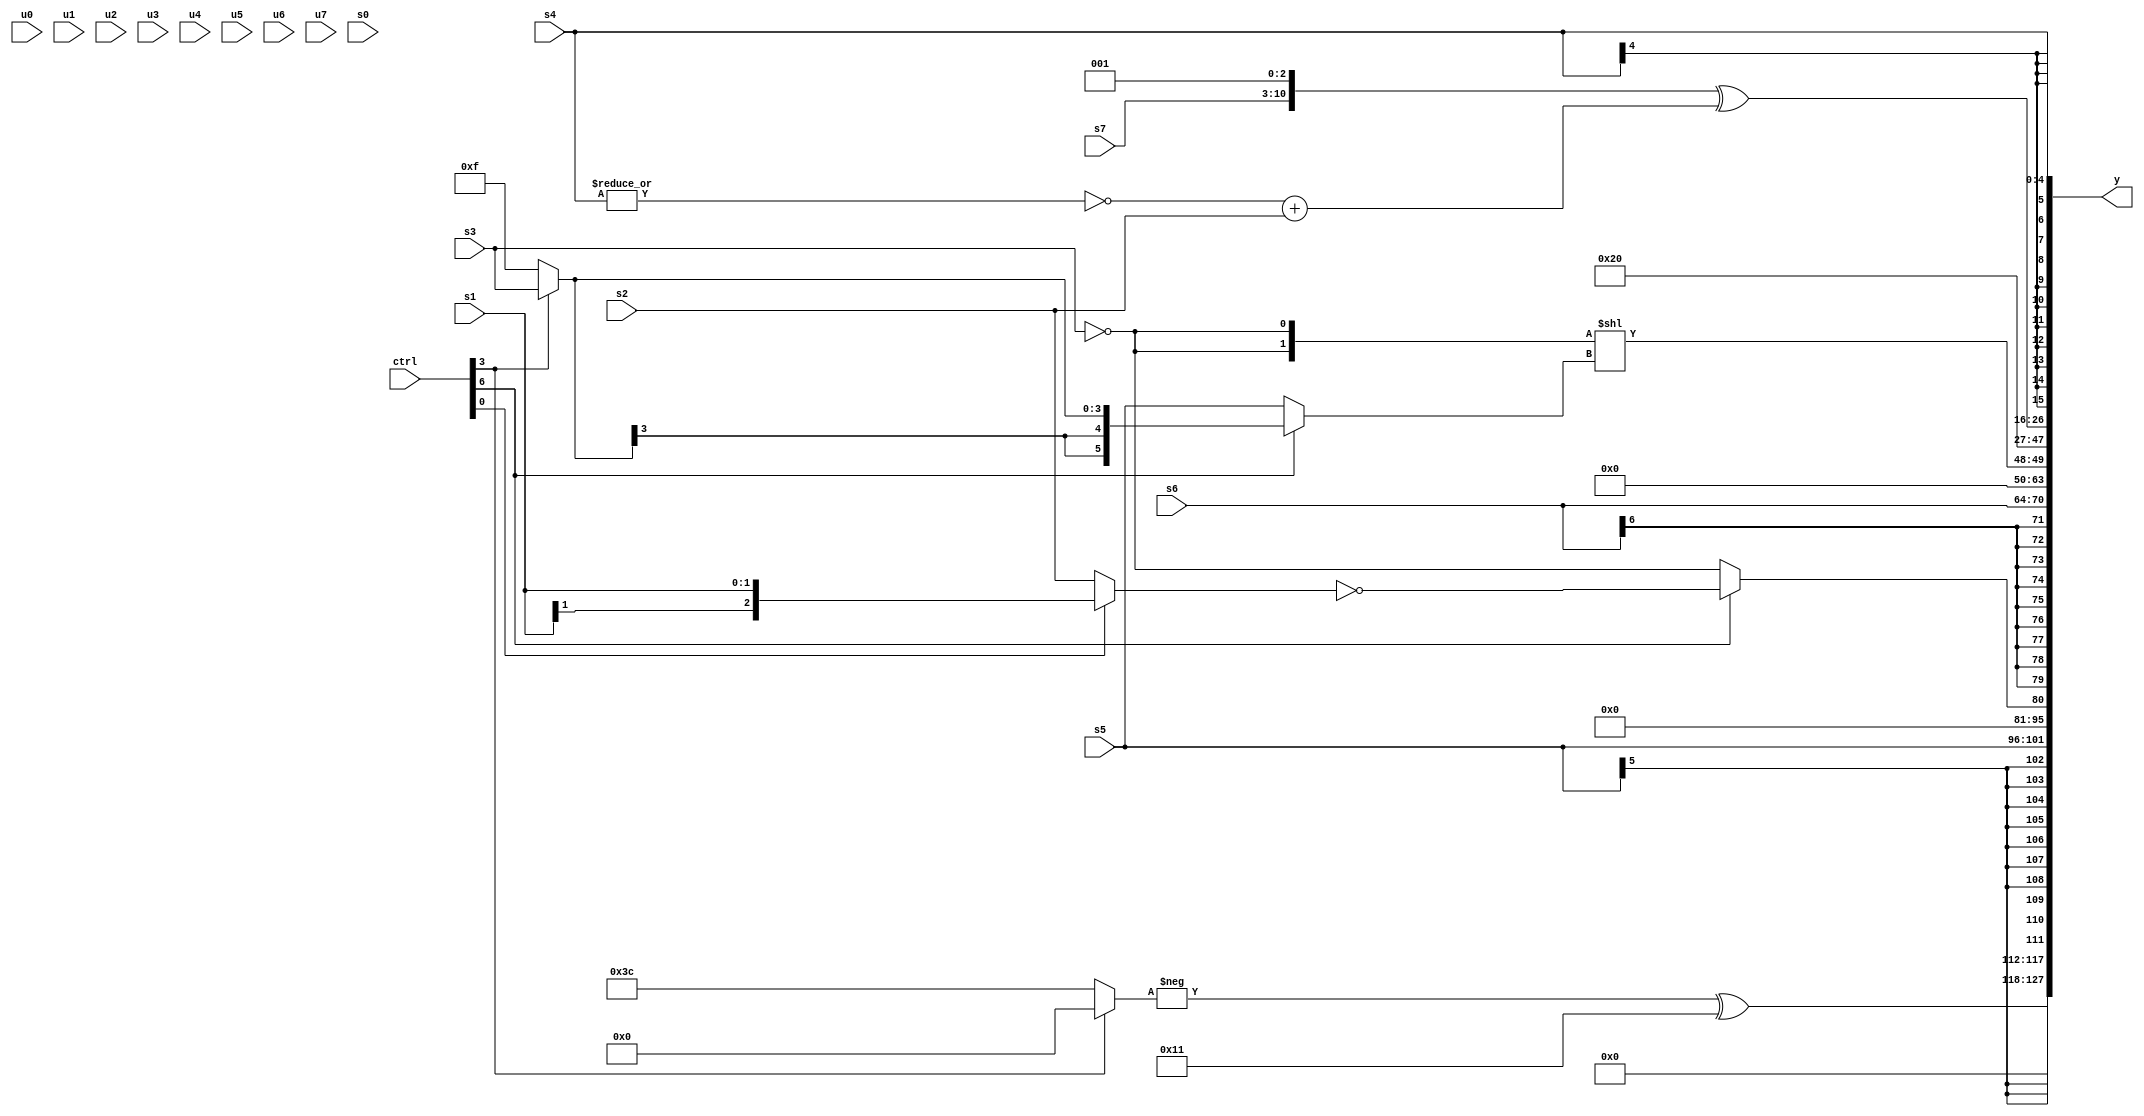
module wideexpr_00057(ctrl, u0, u1, u2, u3, u4, u5, u6, u7, s0, s1, s2, s3, s4, s5, s6, s7, y);
  input [7:0] ctrl;
  input [0:0] u0;
  input [1:0] u1;
  input [2:0] u2;
  input [3:0] u3;
  input [4:0] u4;
  input [5:0] u5;
  input [6:0] u6;
  input [7:0] u7;
  input signed [0:0] s0;
  input signed [1:0] s1;
  input signed [2:0] s2;
  input signed [3:0] s3;
  input signed [4:0] s4;
  input signed [5:0] s5;
  input signed [6:0] s6;
  input signed [7:0] s7;
  output [127:0] y;
  wire [15:0] y0;
  wire [15:0] y1;
  wire [15:0] y2;
  wire [15:0] y3;
  wire [15:0] y4;
  wire [15:0] y5;
  wire [15:0] y6;
  wire [15:0] y7;
  assign y = {y0,y1,y2,y3,y4,y5,y6,y7};
  assign y0 = {1{(+(-((ctrl[3]?(3'sb000)<<<(+(-(4'sb0101))):5'sb11100))))^(6'sb110001)}};
  assign y1 = s5;
  assign y2 = (ctrl[6]?!((ctrl[0]?s1:s2)):!(s3));
  assign y3 = +(s6);
  assign y4 = {1{({2{!($signed(s3))}})<<((ctrl[6]?(ctrl[3]?s3:1'sb1):s5))}};
  assign y5 = 2'sb01;
  assign y6 = ($signed(+({$unsigned(s7),3'sb001})))^({{(+(~|(s4)))+(s2)}});
  assign y7 = s4;
endmodule